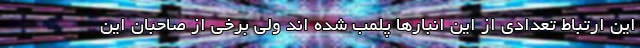
این ارتباط تعدادی از این انبارها پلمب شده اند ولی برخی از صاحبان این